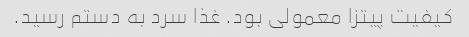
کیفیت پیتزا معمولی بود. غذا سرد به دستم رسید.